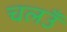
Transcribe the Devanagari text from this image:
चलउँ